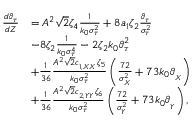
\begin{array} { r l } { \frac { d \vartheta _ { \tau } } { d Z } } & { = A ^ { 2 } \sqrt { 2 } \zeta _ { 4 } \frac { 1 } { k _ { 0 } \sigma _ { \tau } ^ { 2 } } + 8 a _ { 1 } \zeta _ { 2 } \frac { \vartheta _ { \tau } } { \sigma _ { \tau } ^ { 2 } } } \\ & { - 8 \zeta _ { 2 } \frac { 1 } { k _ { 0 } \sigma _ { \tau } ^ { 4 } } - 2 \zeta _ { 2 } k _ { 0 } \vartheta _ { \tau } ^ { 2 } } \\ & { + \frac { 1 } { 3 6 } \frac { A ^ { 2 } \sqrt { 2 } c _ { _ { 1 , X X } } \zeta _ { 5 } } { k _ { 0 } \sigma _ { \tau } ^ { 2 } } \left( \frac { 7 2 } { \sigma _ { _ X } ^ { 2 } } + 7 3 k _ { 0 } \vartheta _ { _ { X } } \right) } \\ & { + \frac { 1 } { 3 6 } \frac { A ^ { 2 } \sqrt { 2 } c _ { _ { 2 , Y Y } } \zeta _ { 6 } } { k _ { 0 } \sigma _ { \tau } ^ { 2 } } \left( \frac { 7 2 } { \sigma _ { _ Y } ^ { 2 } } + 7 3 k _ { 0 } \vartheta _ { _ { Y } } \right) , } \end{array}